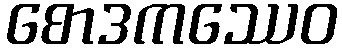
စောဒကဿေဝ